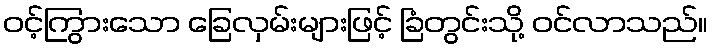
ဝင့်ကြွားသော ခြေလှမ်းများဖြင့် ခြံတွင်းသို့ ဝင်လာသည်။